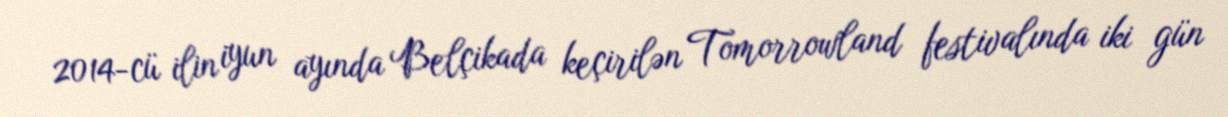
2014-cü ilin iyun ayında Belçikada keçirilən Tomorrowland festivalında iki gün